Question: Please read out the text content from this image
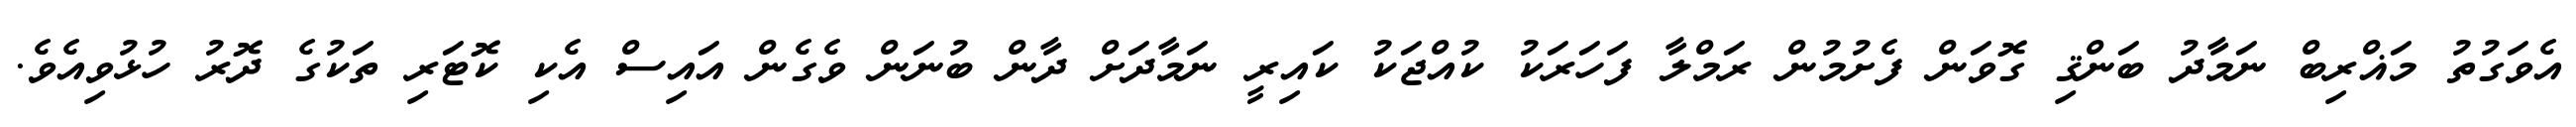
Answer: އެވަގުތު މަޣްރިބް ނަމާދު ބަންޤި ގޮވަން ފެށުމުން ރަމްލާ ފަހަރަކު ކުއްޖަކު ކައިރީ ނަމާދަށް ދާން ބުނަން ވެގެން އައިސް އެކި ކޮޓަރި ތަކުގެ ދޮރު ހުޅުވިއެވެ.